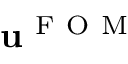
\mathbf { u } ^ { \mathrm { ~ F ~ O ~ M ~ } }